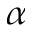
\alpha